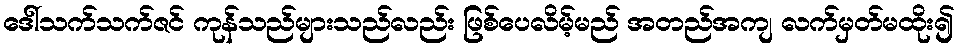
ဒေါ်သက်သက်ဇင် ကုန်သည်များသည်လည်း ဖြစ်ပေလိမ့်မည် အတည်အကျ လက်မှတ်မထိုး၍